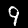
Label: 9